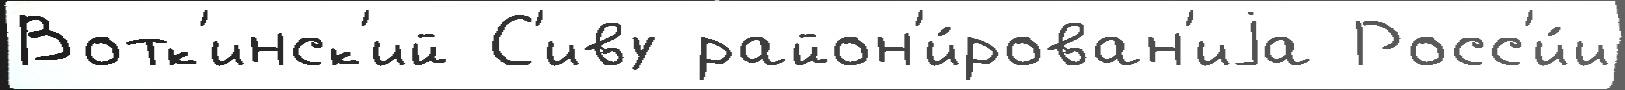
Вотк'инск'ий С'иву район'и́рован'иjа Росс'и́и